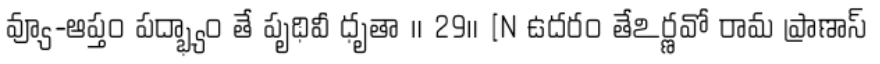
వ్యూ-ఆప్తం పద్భ్యాం తే పృథివీ ధృతా ॥ 29॥ [N ఉదరం తేఽర్ణవో రామ ప్రాణాస్